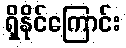
ရှိနိုင်ကြောင်း